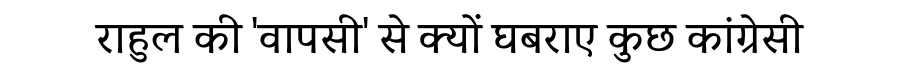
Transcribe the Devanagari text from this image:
राहुल की 'वापसी' से क्यों घबराए कुछ कांग्रेसी